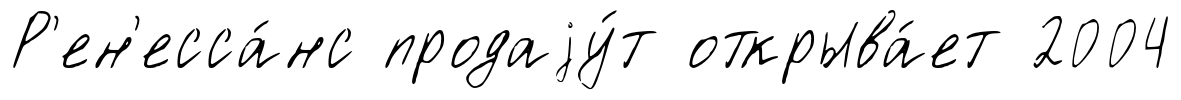
Р'ен'есса́нс продаjу́т открыва́ет 2004